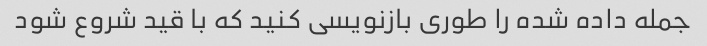
جمله داده شده را طوری بازنویسی کنید که با قید شروع شود